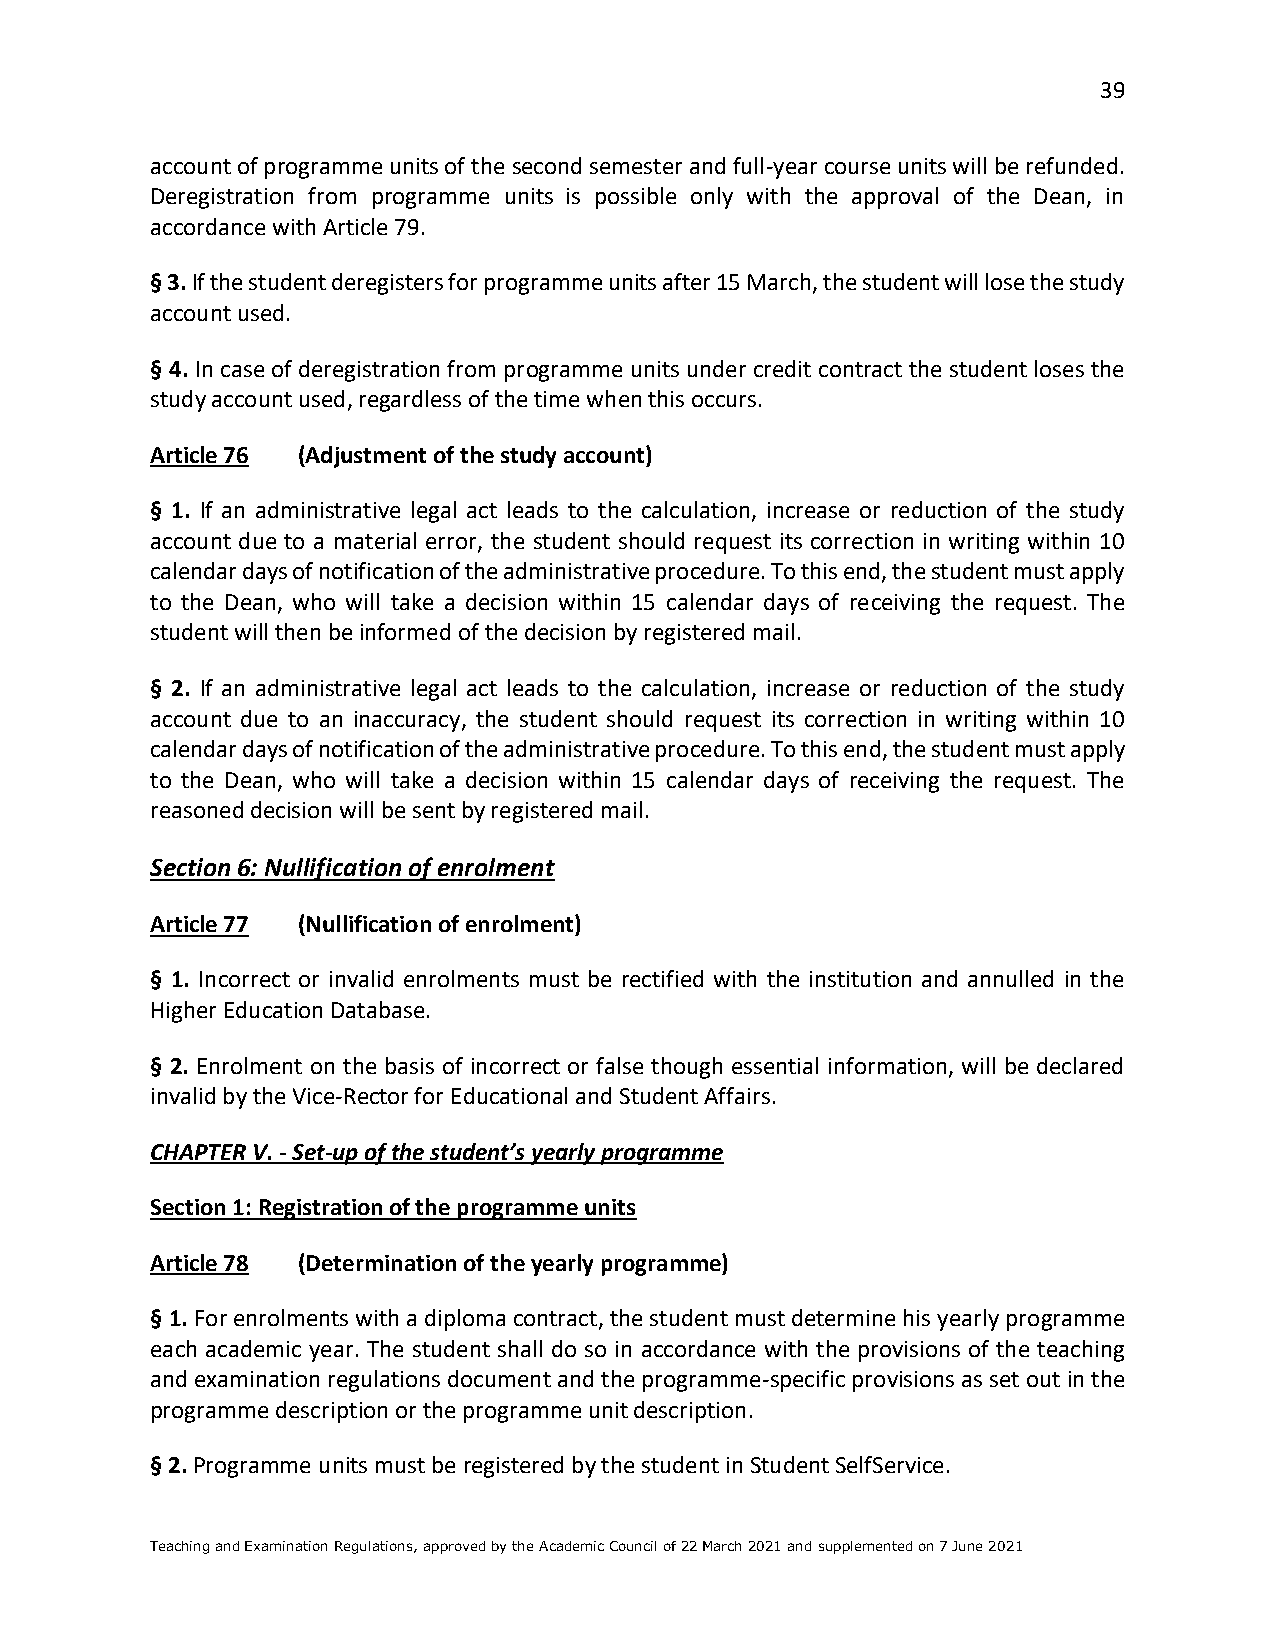
39
 account of programme units of the second semester and full-year course units will be refunded.
 Deregistration from programme units is possible only with the approval of the Dean, in
 accordance with Article 79.
 § 3. If the student deregisters for programme units after 15 March, the student will lose the study
 account used.
 § 4. In case of deregistration from programme units under credit contract the student loses the
 study account used, regardless of the time when this occurs.
 Article 76 (Adjustment of the study account)
 § 1. If an administrative legal act leads to the calculation, increase or reduction of the study
 account due to a material error, the student should request its correction in writing within 10
 calendar days of notification of the administrative procedure. To this end, the student must apply
 to the Dean, who will take a decision within 15 calendar days of receiving the request. The
 student will then be informed of the decision by registered mail.
 § 2. If an administrative legal act leads to the calculation, increase or reduction of the study
 account due to an inaccuracy, the student should request its correction in writing within 10
 calendar days of notification of the administrative procedure. To this end, the student must apply
 to the Dean, who will take a decision within 15 calendar days of receiving the request. The
 reasoned decision will be sent by registered mail.
 Section 6: Nullification of enrolment
 Article 77 (Nullification of enrolment)
 § 1. Incorrect or invalid enrolments must be rectified with the institution and annulled in the
 Higher Education Database.
 § 2. Enrolment on the basis of incorrect or false though essential information, will be declared
 invalid by the Vice-Rector for Educational and Student Affairs.
 CHAPTER V. - Set-up of the student’s yearly programme
 Section 1: Registration of the programme units
 Article 78 (Determination of the yearly programme)
 § 1. For enrolments with a diploma contract, the student must determine his yearly programme
 each academic year. The student shall do so in accordance with the provisions of the teaching
 and examination regulations document and the programme-specific provisions as set out in the
 programme description or the programme unit description.
 § 2. Programme units must be registered by the student in Student SelfService.
 Teaching and Examination Regulations, approved by the Academic Council of 22 March 2021 and supplemented on 7 June 2021